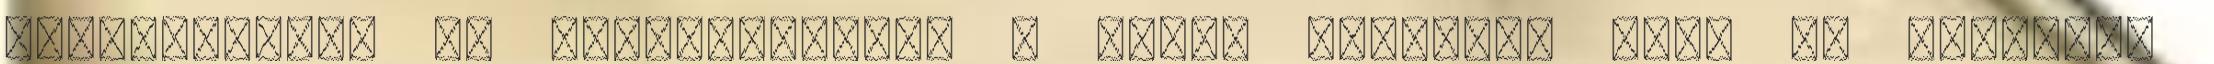
harmonizálja és meggyógyítja. A csend teljessé tesz és feltölt,